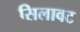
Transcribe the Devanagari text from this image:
सिलावट